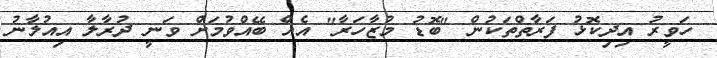
ހަވީރު އިދިކޮޅު ފަރާތްތަކުން "ބޮޑު މުޒާހަރާ" އެއް ބޭއްވުމަށް ވަނީ ދުރާލާ އިއުލާނު